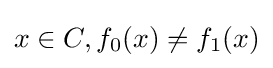
x\in C,f_{0}(x)\neq f_{1}(x)